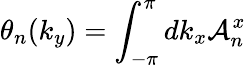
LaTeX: \theta_{n}(k_{y})=\int_{-\pi}^{\pi}dk_{x}\mathcal{A}_{n}^{x}